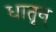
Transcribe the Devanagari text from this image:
धातून्